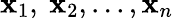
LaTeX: \mathbf{x}_{1},\ \mathbf{x}_{2},...,\mathbf{x}_{n}